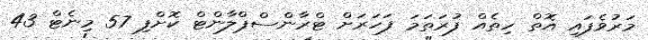
މަރުވެފައި އޮތް ހިތެއް ފުރަތަމަ ފަހަރަށް ޓްރާންސްޕްލާންޓް ކޮށްފި 57 މިނެޓް 43